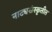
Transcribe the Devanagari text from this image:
नाट्यसंस्कृतीत